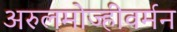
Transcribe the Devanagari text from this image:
अरुलमोज्हीवर्मन